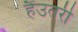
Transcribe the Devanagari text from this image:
हैंउतरी